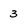
Character: 3